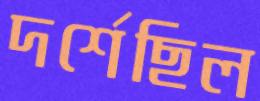
দর্শেছিল